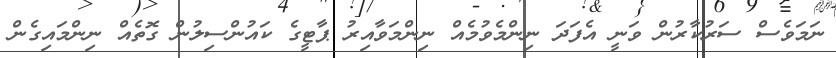
ނަމަވެސް ސަރުކާރުން ވަނީ އެފަދަ ނިންމެވުމެއް ނިންމަވާއިރު ޕާޓީގެ ކައުންސިލުން ގޮތެއް ނިންމައިގެން